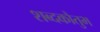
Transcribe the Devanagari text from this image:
शब्दकौतुभ